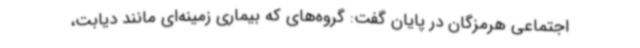
اجتماعی هرمزگان در پایان گفت: گروه‌های که بیماری زمینه‌ای مانند دیابت،